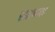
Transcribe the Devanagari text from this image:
सााधक